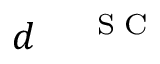
\ensuremath { d ^ { \mathrm { ~ \! ~ \; ~ \tiny ~ { ~ S ~ C ~ } ~ } } }